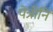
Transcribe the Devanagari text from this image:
पेत्रीनि